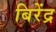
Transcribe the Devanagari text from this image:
बिरेंद्र